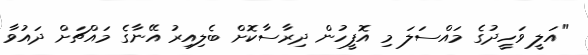
"އަލީ ވަހީދުގެ މައްސަލަ މި އޮފީހުން ދިރާސާކޮށް ބެލިއިރު އޭނާގެ މައްޗަށް ދައުވާ